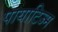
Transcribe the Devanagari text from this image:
पायाटिज्म